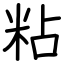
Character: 粘